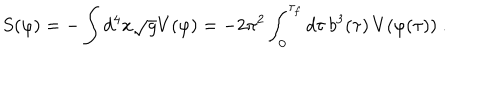
S ( \varphi ) = - \int d ^ { 4 } x \sqrt { g } V ( \varphi ) = - { 2 \pi ^ { 2 } \int _ { 0 } ^ { \tau _ { f } } d \tau \, b ^ { 3 } ( \tau ) \, V ( \varphi ( \tau ) ) } \ .